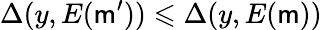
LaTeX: \Delta(y,E(\mathsf{m}^{\prime}))\leqslant\Delta(y,E(\mathsf{m}))